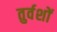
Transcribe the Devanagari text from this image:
तुर्वशों